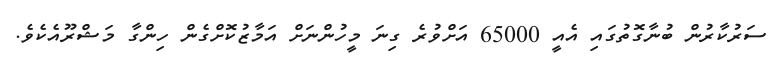
ސަރުކާރުން ބުނާގޮތުގައި އެއީ 65000 އަށްވުރެ ގިނަ މީހުންނަށް އަމާޒުކޮށްގެން ހިންގާ މަޝްރޫއެކެވެ.